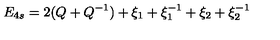
E _ { 4 s } = 2 ( Q + Q ^ { - 1 } ) + \xi _ { 1 } + \xi _ { 1 } ^ { - 1 } + \xi _ { 2 } + \xi _ { 2 } ^ { - 1 }